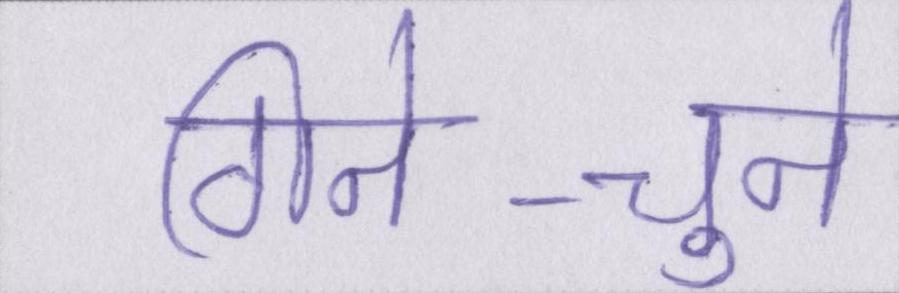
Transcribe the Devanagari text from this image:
गिने-चुने